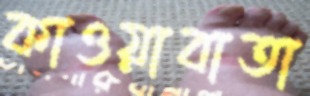
কাওয়াবাতা